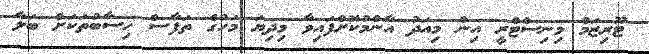
ޓޫރިޒަމް މިނިސްޓްރީ އިން މިއަދު އާންމުކޮށްފައިވާ މިދިޔަ މަހުގެ ތަފާސް ހިސާބުތަކަށް ބަލާ